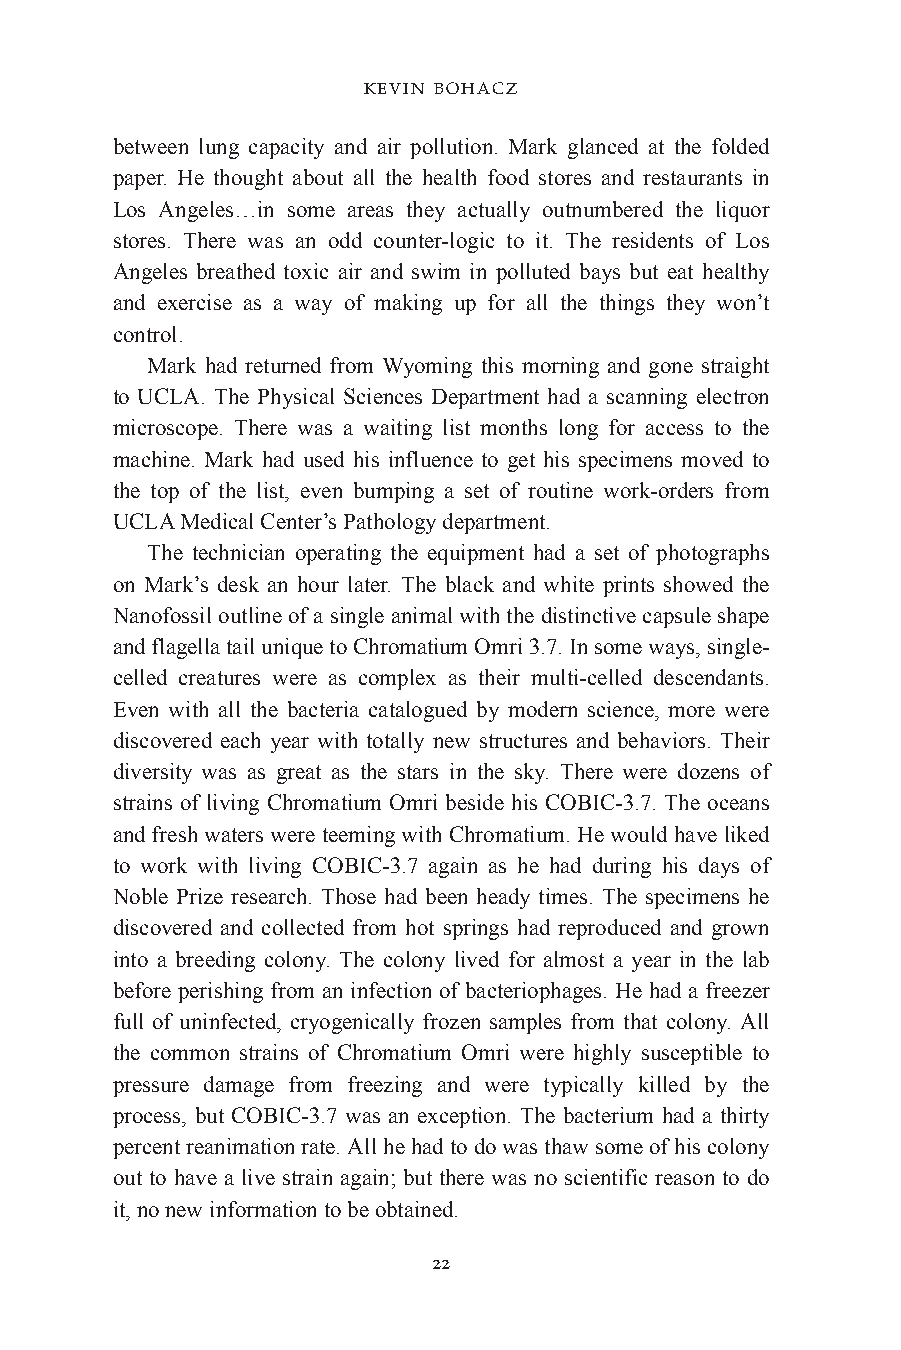
KEVIN BOHACZ
 between lung capacity and air pollution. Mark glanced at the folded
 paper. He thought about all the health food stores and restaurants in
 Los Angeles…in some areas they actually outnumbered the liquor
 stores. There was an odd counter-logic to it. The residents of Los
 Angeles breathed toxic air and swim in polluted bays but eat healthy
 and exercise as a way of making up for all the things they won’t
 control.
 Mark had returned from Wyoming this morning and gone straight
 to UCLA. The Physical Sciences Department had a scanning electron
 microscope. There was a waiting list months long for access to the
 machine. Mark had used his influence to get his specimens moved to
 the top of the list, even bumping a set of routine work-orders from
 UCLA Medical Center’s Pathology department.
 The technician operating the equipment had a set of photographs
 on Mark’s desk an hour later. The black and white prints showed the
 Nanofossil outline of a single animal with the distinctive capsule shape
 and flagella tail unique to Chromatium Omri 3.7. In some ways, single-
 celled creatures were as complex as their multi-celled descendants.
 Even with all the bacteria catalogued by modern science, more were
 discovered each year with totally new structures and behaviors. Their
 diversity was as great as the stars in the sky. There were dozens of
 strains of living Chromatium Omri beside his COBIC-3.7. The oceans
 and fresh waters were teeming with Chromatium. He would have liked
 to work with living COBIC-3.7 again as he had during his days of
 Noble Prize research. Those had been heady times. The specimens he
 discovered and collected from hot springs had reproduced and grown
 into a breeding colony. The colony lived for almost a year in the lab
 before perishing from an infection of bacteriophages. He had a freezer
 full of uninfected, cryogenically frozen samples from that colony. All
 the common strains of Chromatium Omri were highly susceptible to
 pressure damage from freezing and were typically killed by the
 process, but COBIC-3.7 was an exception. The bacterium had a thirty
 percent reanimation rate. All he had to do was thaw some of his colony
 out to have a live strain again; but there was no scientific reason to do
 it, no new information to be obtained.
 22